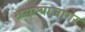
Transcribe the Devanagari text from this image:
बसल्याजागेर